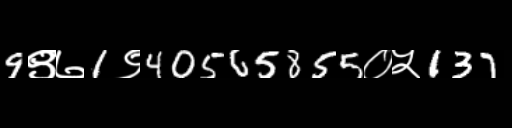
Text: 9९७1९40565855०५137